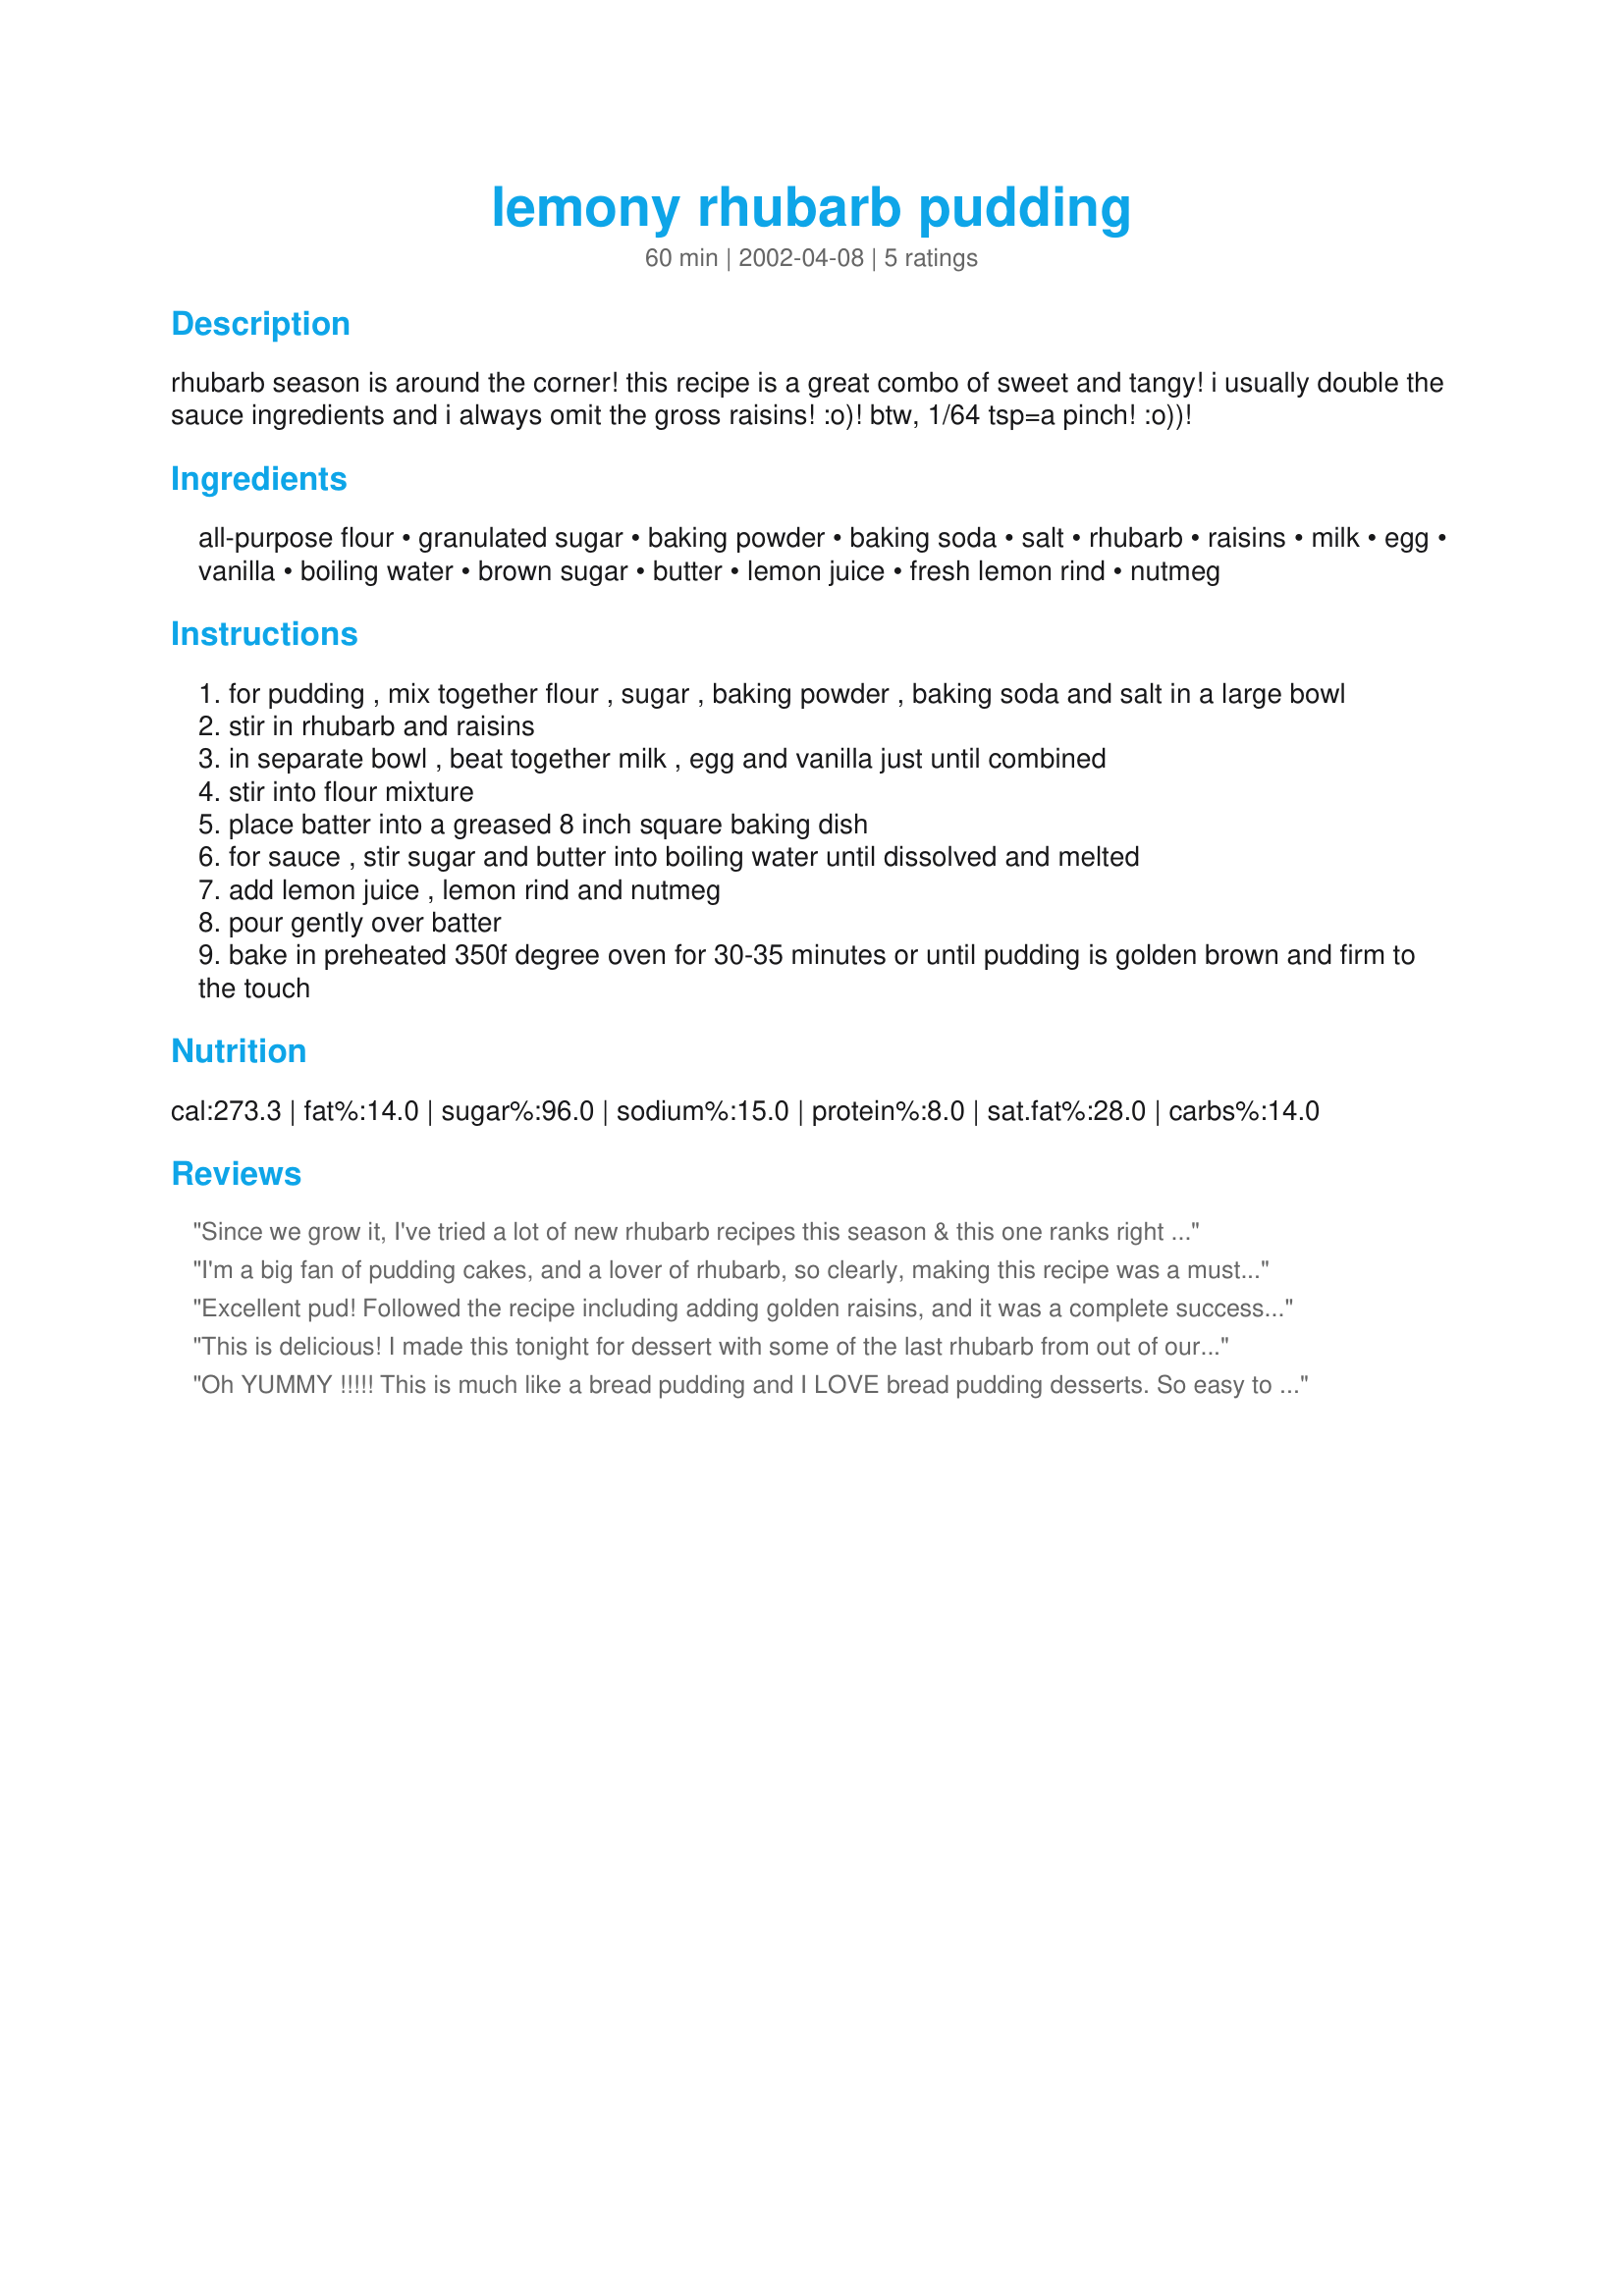
lemony rhubarb pudding
Preparation time: 60 minutes

rhubarb season is around the corner! this recipe is a great combo of sweet and tangy! i usually double the sauce ingredients and i always omit the gross raisins! :o)! btw, 1/64 tsp=a pinch! :o))!

Ingredients:
all-purpose flour, granulated sugar, baking powder, baking soda, salt, rhubarb, raisins, milk, egg, vanilla, boiling water, brown sugar, butter, lemon juice, fresh lemon rind, nutmeg

Steps:
for pudding , mix together flour , sugar , baking powder , baking soda and salt in a large bowl
stir in rhubarb and raisins
in separate bowl , beat together milk , egg and vanilla just until combined
stir into flour mixture
place batter into a greased 8 inch square baking dish
for sauce , stir sugar and butter into boiling water until dissolved and melted
add lemon juice , lemon rind and nutmeg
pour gently over batter
bake in preheated 350f degree oven for 30-35 minutes or until pudding is golden brown and firm to the touch

Reviews:
Since we grow it, I've tried a lot of new rhubarb recipes this season & this one ranks right up there with the best. It was good warm with ice cream & the next day at room temperature. Next time, I'll probably double the gross raisins!! Thanx M&Mers!
I'm a big fan of pudding cakes, and a lover of rhubarb, so clearly, making this recipe was a must. Fantastic flavour. I didn't have any lemons, so used a lime in its place. I even liked the raisins in it. As like M&Mers, I too doubled the sauce. :) Most recipes never have enough. Since I'm the only one that likes rhubarb, I'm going to freeze individual portions to be enjoyed later. I'll let you know how that works out. This is going to be a "must make" every Spring. Thanks so much for sharing your wonderful recipe. UPDATE June 12/09: Tried it from frozen. Nuked individual serving size for 4 minutes on high. :) This is truly an amazing dessert. This *will* be made every year. Might even give it a try using frozen rhubarb and Splenda. If I do, I'll update again.
Excellent pud! Followed the recipe including adding golden raisins, and it was a complete success. I definately made a good choice for the first rhubarb of the season! Thanks!
This is delicious! I made this tonight for dessert with some of the last rhubarb from out of our garden and was very pleased with how it turned out. Moist, delicous, with a lovely sweet and tangy flavour. I used raisins as we happen to love them in my household. Served it with some nice vanilla ice cream. Thanks for a great recipe!
Oh YUMMY !!!!! This is much like a
bread pudding and I LOVE bread pudding
desserts. So easy to make, not too
sweet but sweet enough, goes well with
ice cream, of course, and a pleasing
lemony taste. (and I like the raisins
in it!) Thanks for this recipe!
